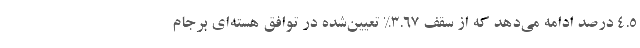
۴.۵ درصد ادامه می‌دهد که از سقف ۳.۶۷% تعیین‌شده در توافق هسته‌ای برجام